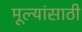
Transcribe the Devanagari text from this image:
मूल्यांसाठी